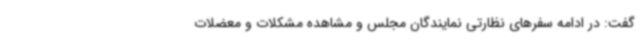
گفت: در ادامه سفرهای نظارتی نمایندگان مجلس و مشاهده مشکلات و معضلات